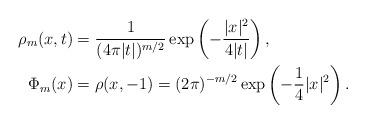
LaTeX: \begin{align*}\rho_m(x,t) &= \frac1{(4 \pi |t|)^{m/2}} \exp\left( -\frac{|x|^2}{4|t|} \right), \\\Phi_m(x) &= \rho(x,-1) = (2\pi)^{-m/2} \exp\left( -\frac14|x|^2 \right).\end{align*}